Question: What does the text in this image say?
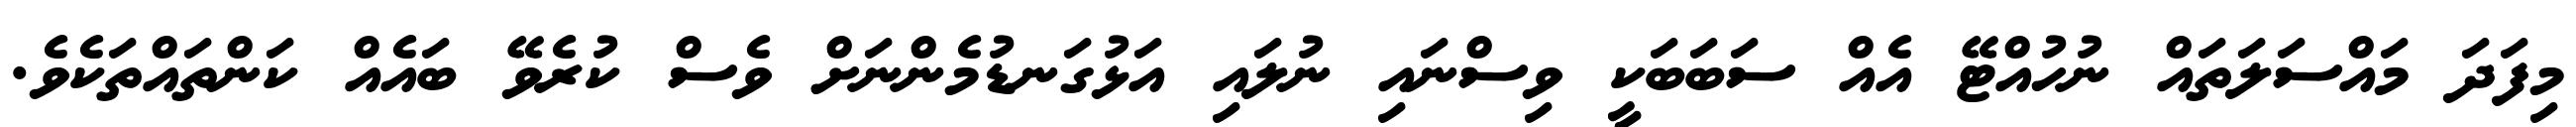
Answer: މިފަދަ މައްސަލަތައް ނުހުއްޓޭ އެއް ސަބަބަކީ ވިސްނައި ނުލައި އަޅުގަނޑުމެންނަށް ވެސް ކުރެވޭ ބައެއް ކަންތައްތަކެވެ.